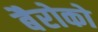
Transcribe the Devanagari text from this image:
बैरोको